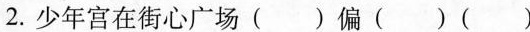
2. 少年宫在街心广场( )偏( )( )